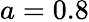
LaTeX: a=0.8